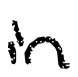
Text: in
Cross-out: clean
Writing tool: digital_black